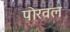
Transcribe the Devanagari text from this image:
पोरवल